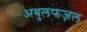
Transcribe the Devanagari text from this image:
अबुलफज़ल